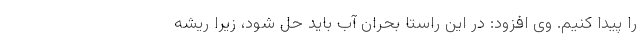
را پیدا کنیم. وی افزود: در این راستا بحران آب باید حل شود، زیرا ریشه